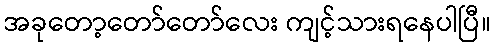
အခုတော့တော်တော်လေး ကျင့်သားရနေပါပြီ။